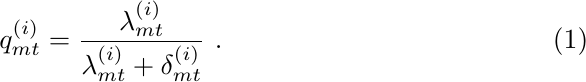
\begin{equation}\label{eq:forget}
    q^{(i)}_{mt} = \frac{\lambda^{(i)}_{mt}}{\lambda^{(i)}_{mt}+\delta^{(i)}_{mt}}~.
\end{equation}